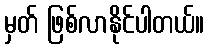
မှတ် ဖြစ်လာနိုင်ပါတယ်။